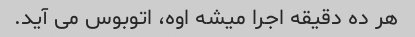
هر ده دقیقه اجرا میشه اوه، اتوبوس می آید.